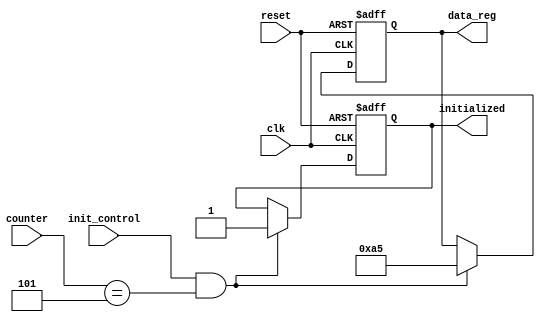
module ConditionalInitialization (
    input wire clk,           // Clock signal
    input wire reset,         // Reset signal
    input wire init_control,   // Control signal for initialization
    input wire [3:0] counter,  // Example counter input
    output reg [7:0] data_reg, // Output register to be initialized
    output reg initialized     // Status signal for initialization
);

// Predefined initialization values
parameter [7:0] INIT_VALUE = 8'hA5; // Example initialization value

// State variable to track initialization status
always @(posedge clk or posedge reset) begin
    if (reset) begin
        // Asynchronous reset behavior
        data_reg <= 8'b0;
        initialized <= 1'b0;
    end else if (init_control && (counter == 4'd5)) begin
        // Conditional initialization based on control signal and counter value
        data_reg <= INIT_VALUE;
        initialized <= 1'b1; // Mark as initialized
    end else begin
        // Hold current value if conditions are not met
        initialized <= initialized; // Retain current initialization status
    end
end

endmodule